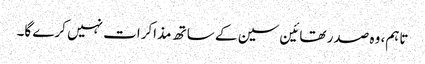
تاہم، وہ صدر تھائین سین کے ساتھ مذاکرات نہیں کرے گا۔